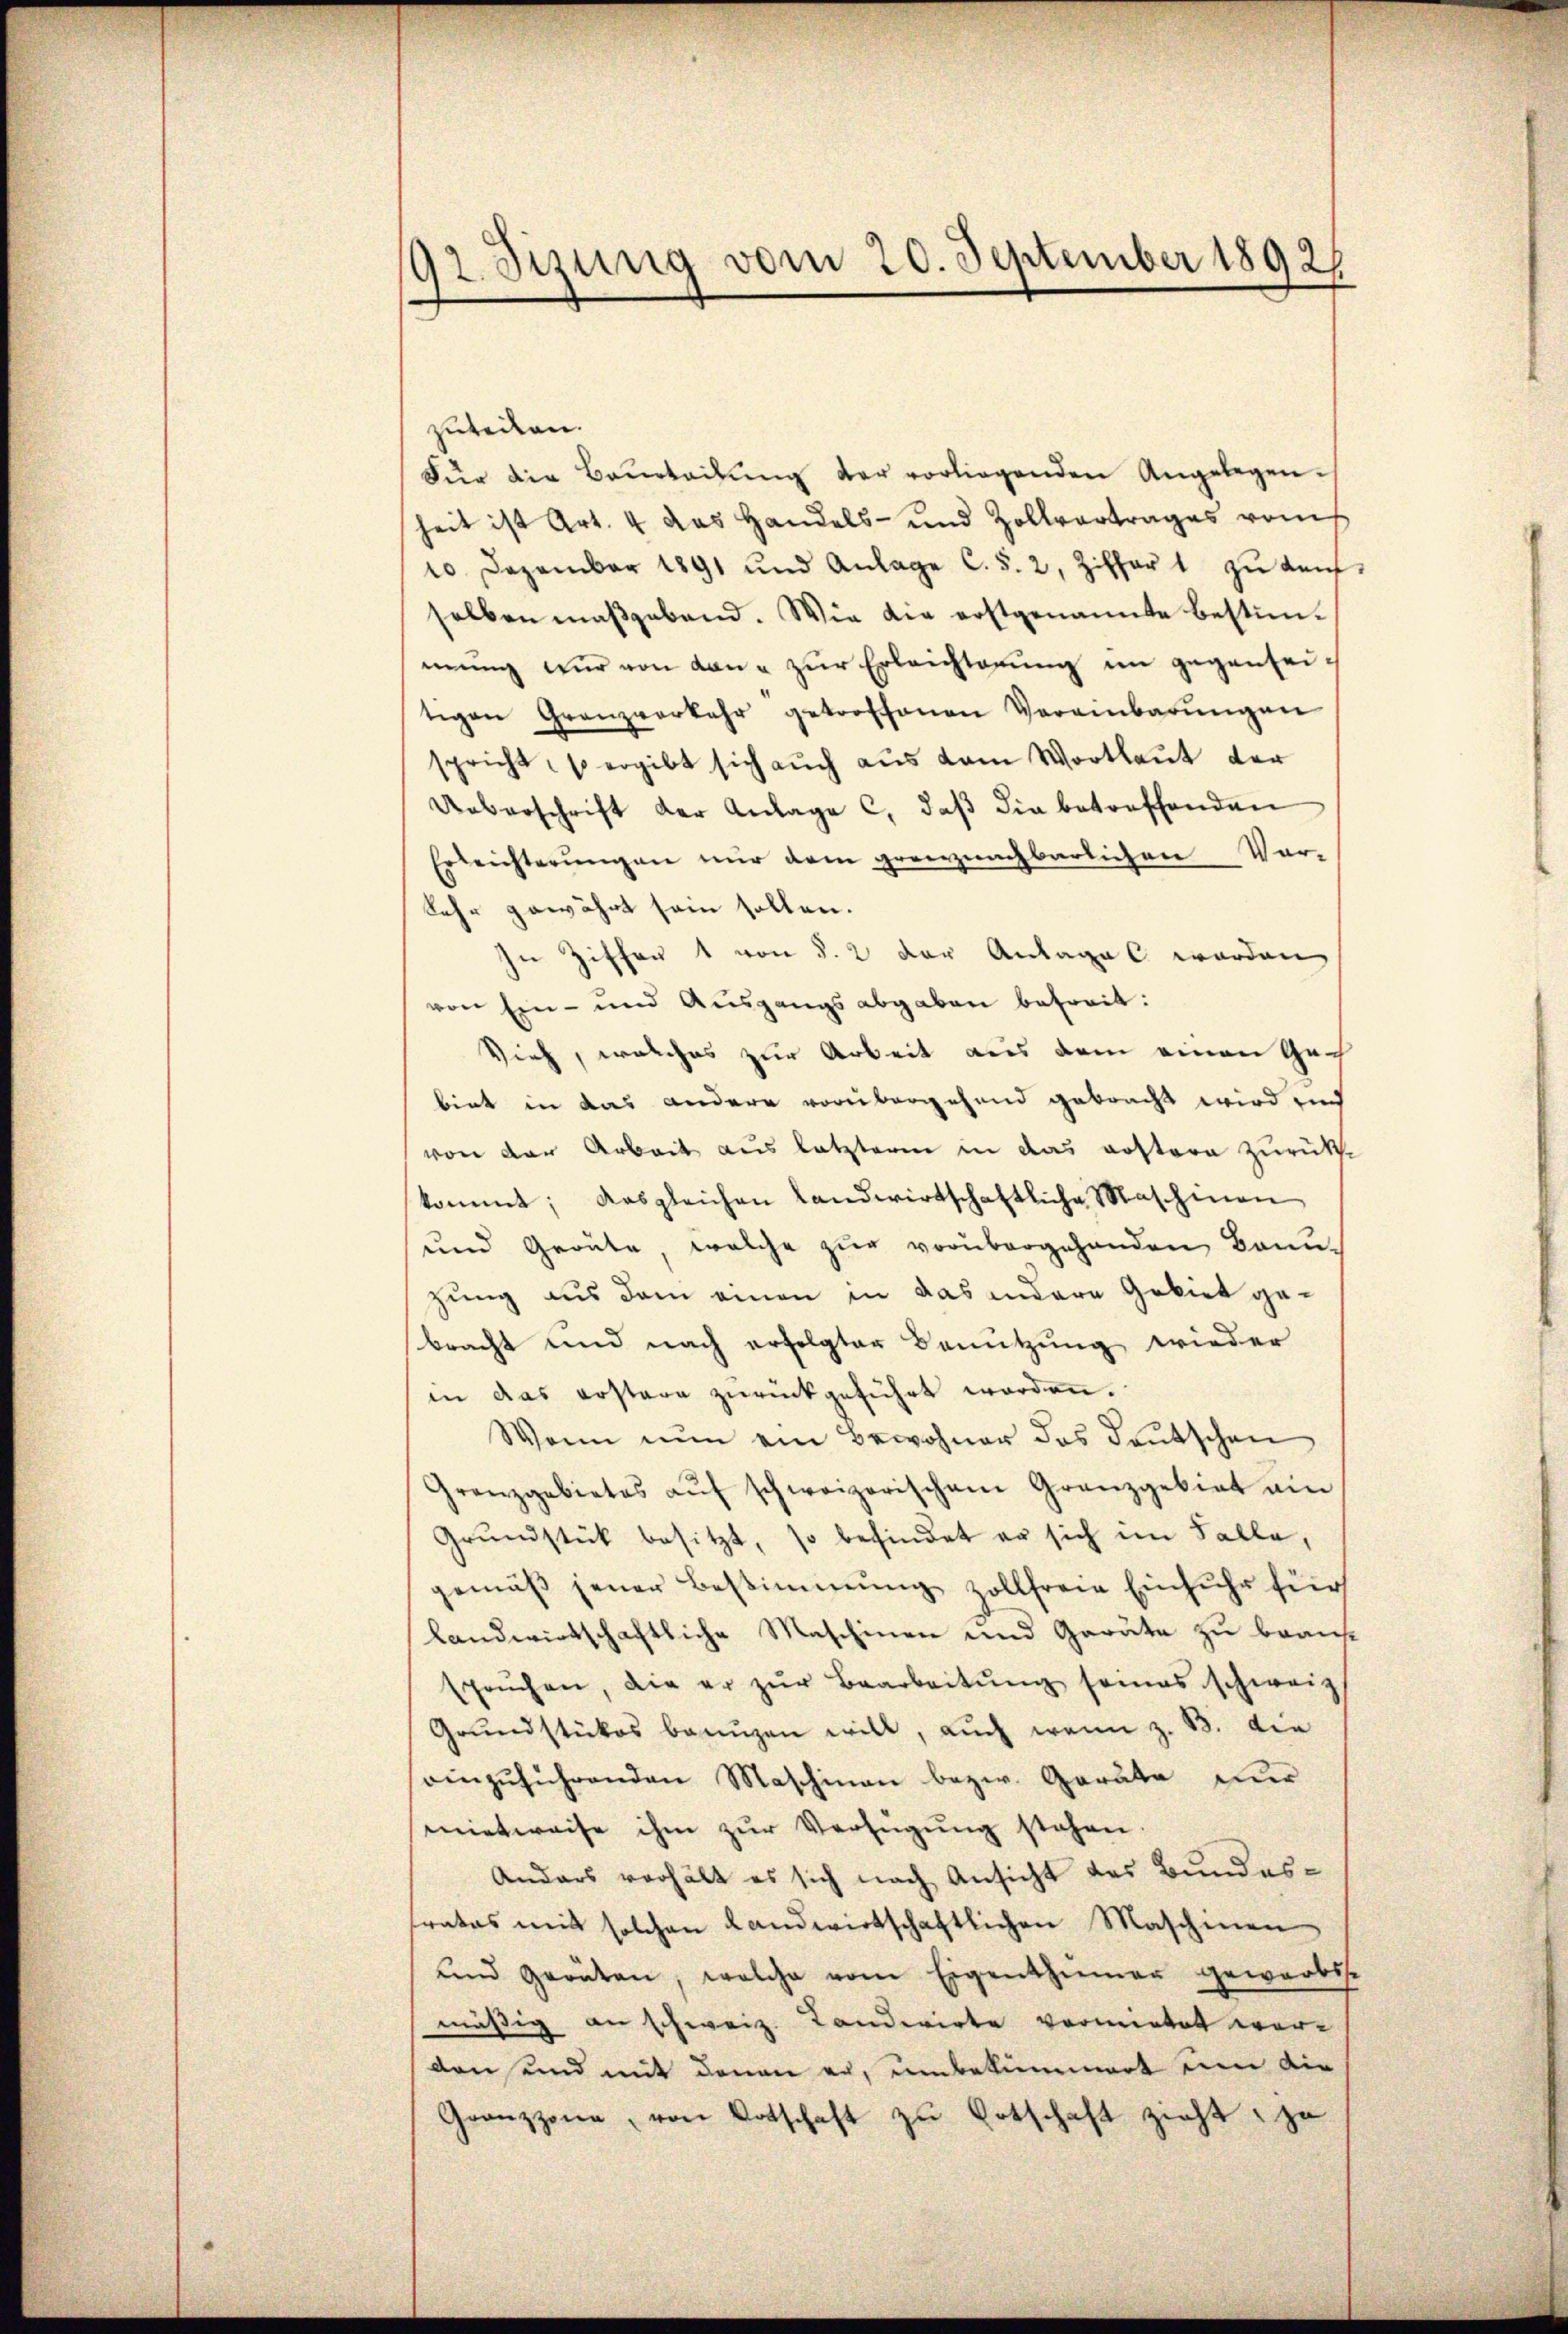
92. Sizung vom 20. September 1892/

zuteilen.
Für die Beurteilŭng der vorliegenden Angelegenheit ist Art. 4 das Handels- und Zollvertrages vom
10 Dezember 1891 und Anlage C. 5. 2, Ziffer 1 zŭ Kaŭf-
selben maßgebend. Wie die erstgenannte bestim-
mŭng zŭr von dan u zŭr Erleichterung im gegenseitigen Granzverkehr getroffenen Vereinbarŭngen
spricht, so ergibt sich auch aus dem Wortlaut der
Ueberschrift der Anlage c. daβ die betreffenden
Erleichterungen nur dem grenznachbarlichen Ver-
Sehr gewährt sein sollen.
n Ziffer 1 von §. 2 der Antages worden
von Ein- und Ausgangsabgaben betreit:
Vieh, welches zur Arbeit aus dem einen Gebiet in das andere vorübergehend gebracht wird und
von der Arbeit aus letzteren in das Kostere zŭrück-
kommt; das gleichen landwirtschaftliche Maschinen
und Grönte, welche zŭr vorübergehenden Brunzung aus dem einen in das andere Gebiet gebracht und nach erfolgter Benutzung wieder
in das erstere zurückgeführt worden.
Wann nun ein Bewohner das deutschen
Granzgebietes aŭf schweizerischem Granzgebiet am
Grŭndstück besitzt, so befindet er sich im Falle,
gemäß jener Bestimmung zollfreie Einfuhr für
landwirtschaftliche Maschinen und Geräte zu beantsprŭchen, die er zŭr Bearbeitung seines schweiz
Grŭndstükes banŭgen will, auch wenn z. B. die
einzuführenden Maschinen bezw. Geräte dur
mietweise ihm zur Verfügung stehen
Anders verhält es sich nach Ansicht des Bundesfrates mit solchen Landwirtschaftlichen Maschinen
und Geräten, welche vom Eigenthümer gewarbte
mäßig an schweiz. Landwirte vormietet ware
den und mit denen er, unbekümmert um die
Granzzone, von Ortschaft zŭ Ertschaft zieht, zu